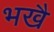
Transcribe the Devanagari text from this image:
भखै